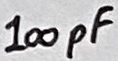
Text: 100pF